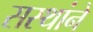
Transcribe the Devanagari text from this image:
सस्थांने